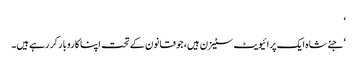
‘
‘ جئےشاہ ایک پرائیویٹ سٹیزن ہیں، جو قانون کے تحت اپنا کاروبار کر رہے ہیں۔